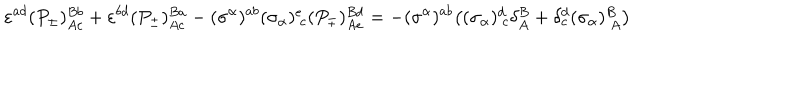
LaTeX: \varepsilon ^ { a d } ( P _ { \pm } ) _ { A c } ^ { B b } + \varepsilon ^ { b d } ( P _ { \pm } ) _ { A c } ^ { B a } - ( \sigma ^ { \alpha } ) ^ { a b } ( \sigma _ { \alpha } ) _ { ~ c } ^ { e } ( P _ { \mp } ) _ { A e } ^ { B d } = - ( \sigma ^ { \alpha } ) ^ { a b } \bigr ( ( \sigma _ { \alpha } ) _ { ~ c } ^ { d } \delta _ { A } ^ { B } + \delta _ { c } ^ { d } ( \sigma _ { \alpha } ) _ { ~ A } ^ { B } \bigr )